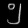
Digit: ၅